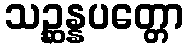
သဉ္ဆန္နပတ္တော